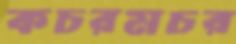
কচরমচর